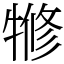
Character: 㹋